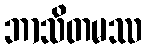
ဘာသိတမဿ